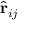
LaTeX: { \hat { \mathbf { r } } } _ { i j }